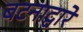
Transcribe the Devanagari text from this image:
बटनाद्वारे